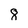
Character: 8